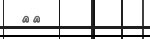
١٨